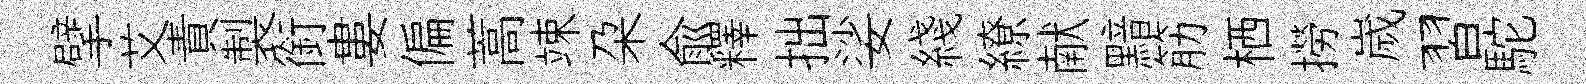
擘艾責製銜婁偏蒿竦朶兪釋拙娑綫繚献黯筋栖撈嵗習駝